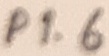
Text: P1.6